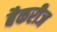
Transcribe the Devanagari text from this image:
बैकरीज